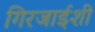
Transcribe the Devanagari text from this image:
गिरजाईशी